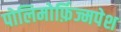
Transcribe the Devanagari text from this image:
पोलिमोर्फ़िज्मपेश